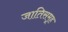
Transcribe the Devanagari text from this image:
जातिसमूह